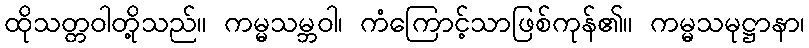
ထိုသတ္တဝါတို့သည်။ ကမ္မသမ္ဘဝါ၊ ကံကြောင့်သာဖြစ်ကုန်၏။ ကမ္မသမုဋ္ဌာနာ၊